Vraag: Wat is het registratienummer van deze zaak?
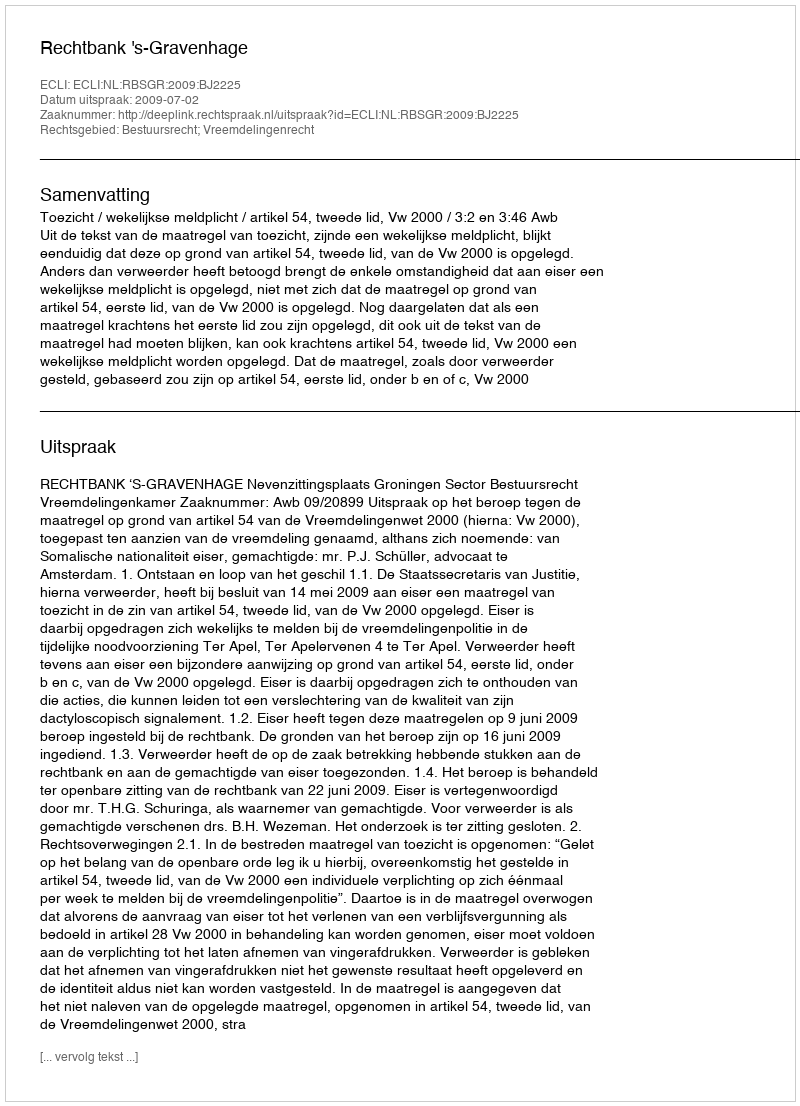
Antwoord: http://deeplink.rechtspraak.nl/uitspraak?id=ECLI:NL:RBSGR:2009:BJ2225